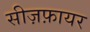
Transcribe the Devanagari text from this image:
सीज़फ़ायर